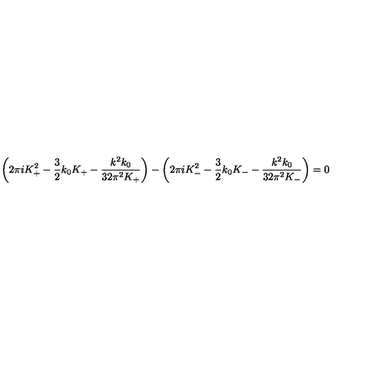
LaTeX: \left( 2 \pi i K _ { + } ^ { 2 } - \frac 3 2 k _ { 0 } K _ { + } - \frac { k ^ { 2 } k _ { 0 } } { 3 2 \pi ^ { 2 } K _ { + } } \right) - \left( 2 \pi i K _ { - } ^ { 2 } - \frac 3 2 k _ { 0 } K _ { - } - \frac { k ^ { 2 } k _ { 0 } } { 3 2 \pi ^ { 2 } K _ { - } } \right) = 0